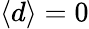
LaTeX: \langle d\rangle=0